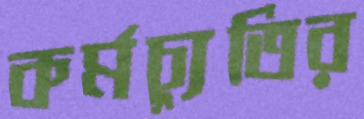
কর্মচ্যুতির